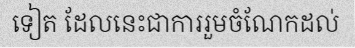
ទៀត ដែលនេះជាការរួមចំណែកដល់